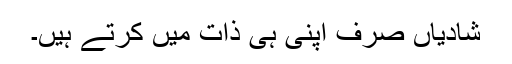
شادیاں صرف اپنی ہی ذات میں کرتے ہیں۔